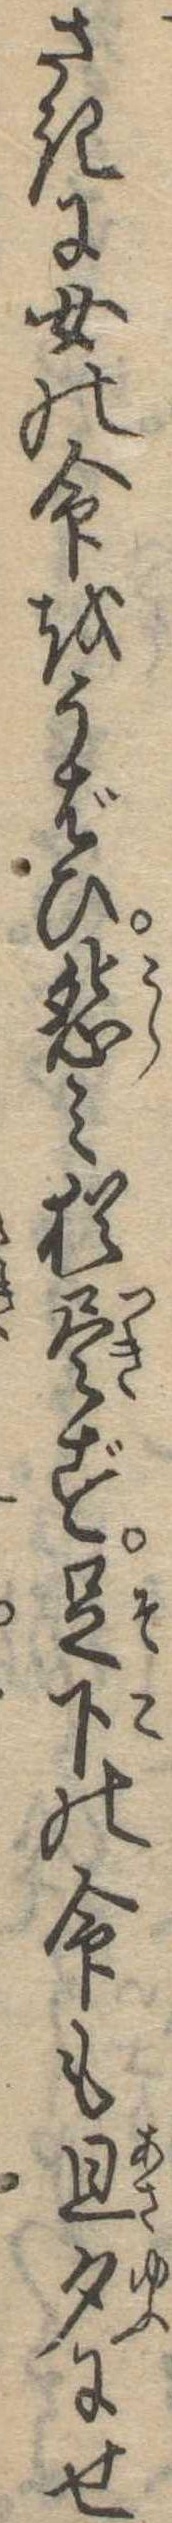
さきに女の命をうばひ怨み猶尽ず足下の命も旦夕にせ